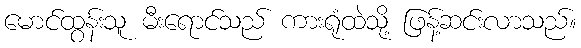
မောင်ထွန်းသူ မီးရောင်သည် ကားရုံထဲသို့ ဖြန့်ဆင်းလာသည်။